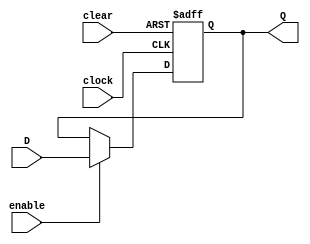
// REGISTRADOR SNCRONO DE 4 BITS -------------------------------------------------------
module registrador_7 (
    input        clock,
    input        clear,
    input        enable,
    input  [8:0] D,
    output [8:0] Q
);

    reg [8:0] IQ;

    always @(posedge clock or posedge clear) begin
        if (clear)
            IQ <= 0;
        else if (enable)
            IQ <= D;
    end

    assign Q = IQ;

endmodule